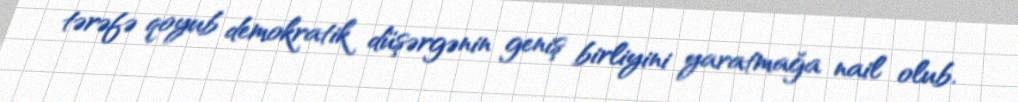
tərəfə qoyub demokratik düşərgənin geniş birliyini yaratmağa nail olub.